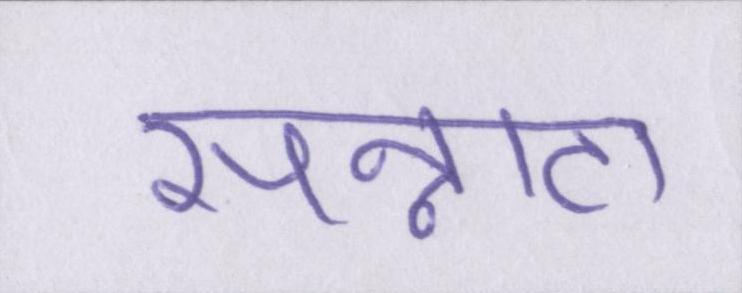
सन्नाटा